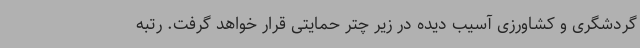
گردشگری و کشاورزی آسیب دیده در زیر چتر حمایتی قرار خواهد گرفت. رتبه